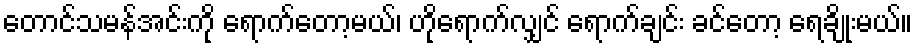
တောင်သမန်အင်းကို ရောက်တော့မယ်၊ ဟိုရောက်လျှင် ရောက်ချင်း ခင်တော့ ရေချိုးမယ်။